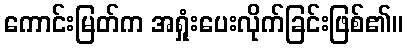
ကောင်းမြတ်က အရှုံးပေးလိုက်ခြင်းဖြစ်၏။